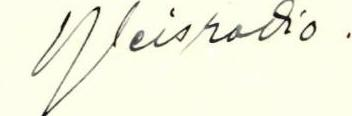
Yleisradio